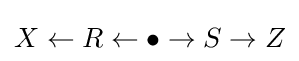
X\gets R\gets \bullet \to S\to Z